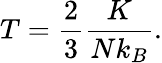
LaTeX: \displaystyle T={\frac{2}{3}}{\frac{K}{Nk_{B}}}.